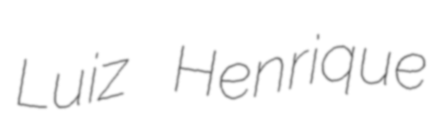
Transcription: Luiz Henrique